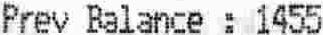
PREV BALANCE : 1455